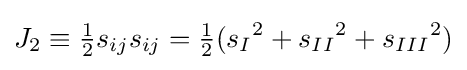
{{J}_{2}}\equiv {\tfrac {1}{2}}{{s}_{ij}}{{s}_{ij}}={\tfrac {1}{2}}({{s}_{I}}^{2}+{{s}_{II}}^{2}+{{s}_{III}}^{2})